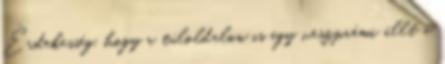
Érdekesség, hogy a túloldalon is egy veszprémi állt a